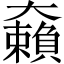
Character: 𡚚